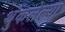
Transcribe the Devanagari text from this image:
थुंकलेल्या